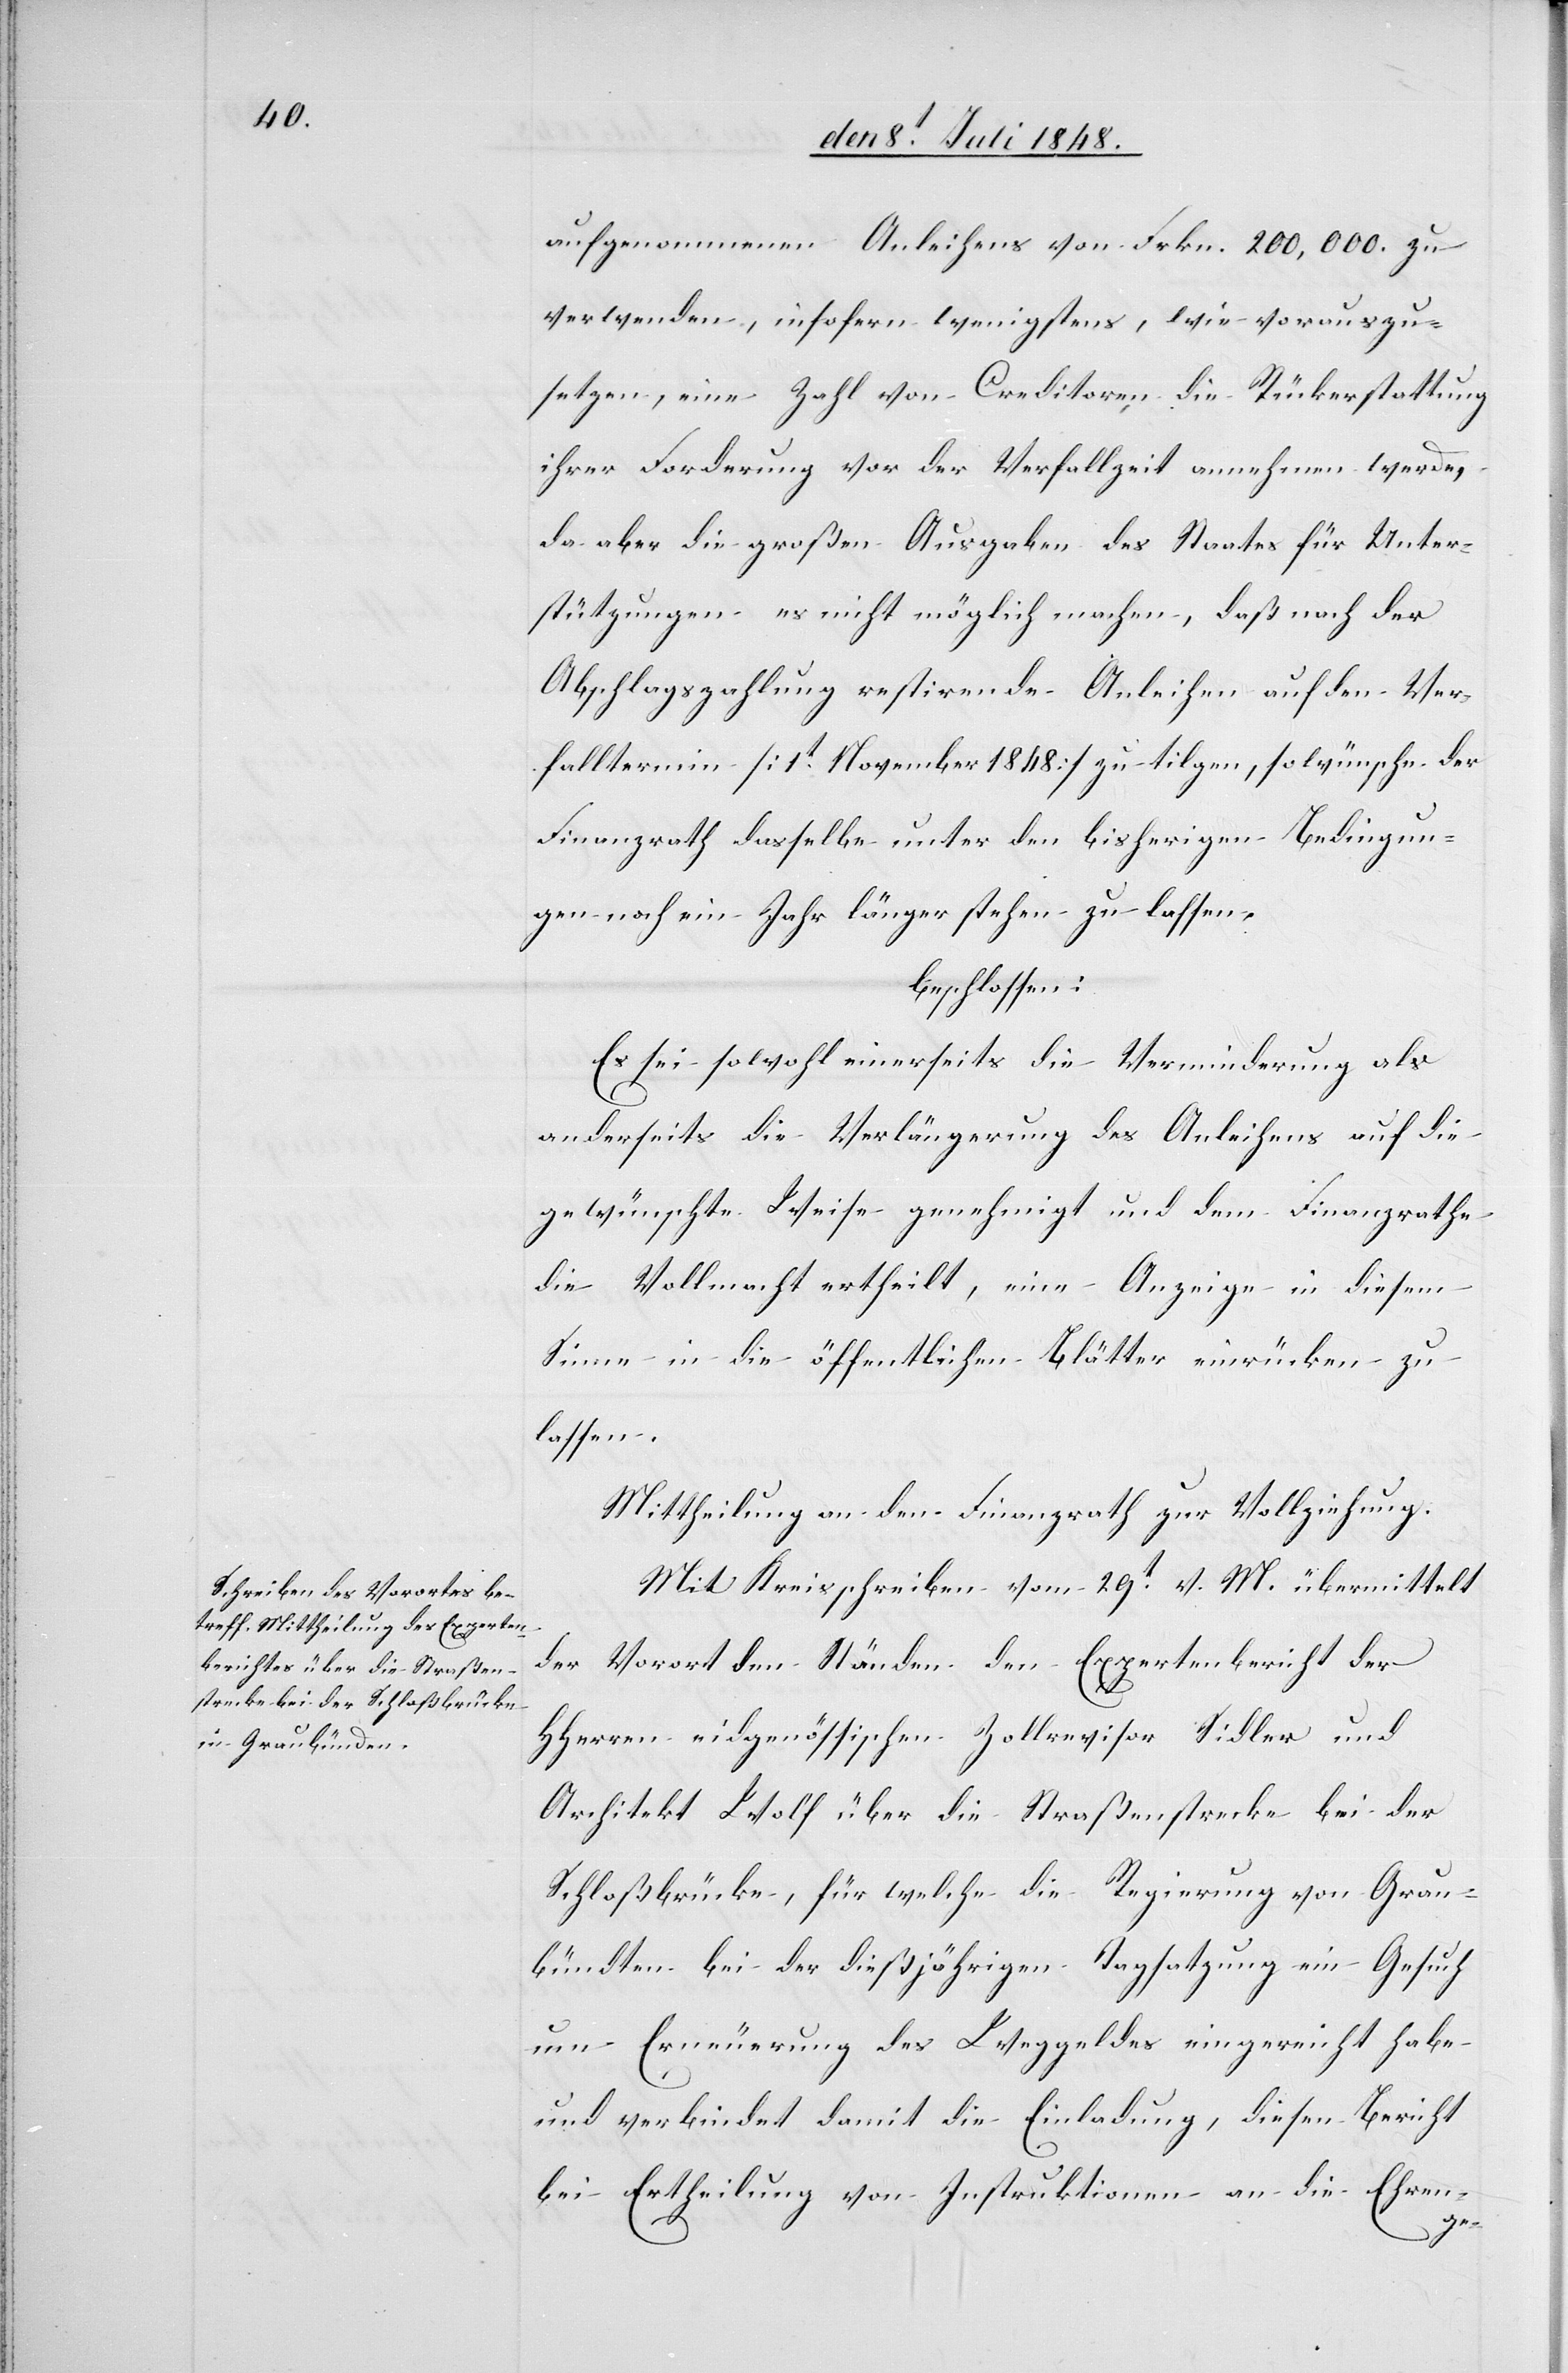
aufgenommenen Anleihens von Frkn. 200,000. zu
verwenden, insofern wenigstens, wie vorauszu¬
setzen, eine Zahl von Creditoren die Rückerstattung
ihrer Forderung vor der Verfallzeit annehmen werde,
da aber die großen Ausgaben des Staates für Unter¬
stützungen es nicht möglich machen, daß nach der
Abschlagzahlung restirende Anleihen auf den Ver¬
falltermin [1t November 1848] zu tilgen, so wünsche der
Finanzrath dasselbe unter den bisherigen Bedingun¬
gen noch ein Jahr länger stehen zu lassen.
beschlossen:
Es sei sowohl einerseits die Verminderung als
anderseits die Verlängerung des Anleihens auf die
gewünschte Weise genehmigt und dem Finanzrathe
die Vollmacht ertheilt, eine Anzeige in diesem
Sinne in die öffentlichen Blätter einrücken zu
lassen.
Mittheilung an den Finanzrath zur Vollziehung.
Mit Kreisschreiben vom 29t v. M. übermittelt
der Vorort den Ständen den Expertenbericht der
HHerren eidgenössischen Zollrevisor Sidler und
Architekt Wolf über die Straßenstrecke bei der
Schloßbrücke, für welche die Regierung von Grau¬
bündten bei der dießjährigen Tagsatzung ein Gesuch
um Erneurung des Weggeldes eingereicht habe
und verbindet damit die Einladung, diesen Bericht
bei Ertheilung von Instruktionen an die Ehren-